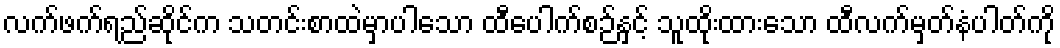
လက်ဖက်ရည်ဆိုင်က သတင်းစာထဲမှာပါသော ထီပေါက်စဉ်နှင့် သူထိုးထားသော ထီလက်မှတ်နံပါတ်ကို